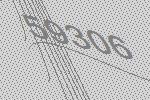
59306